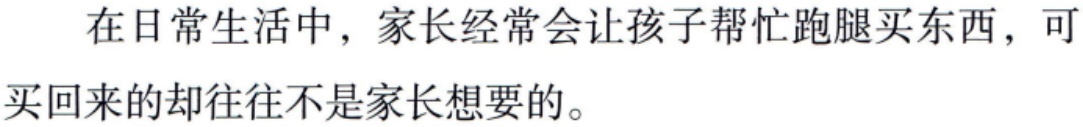
在日常生活中，家长经常会让孩子帮忙跑腿买东西，可买回来的却往往不是家长想要的。